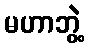
မဟာဘွဲ့